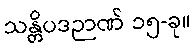
သန္တိပဒဉာဏ် ၁၅-ခု။